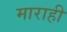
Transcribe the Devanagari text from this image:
माराही